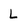
Character: L